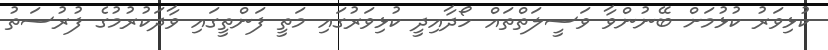
ކުޅިވަރު ކުޅުމަށް ބޭނުންވާ ވަސީލަތްތައް ހޯދާއިދީ ކުޅިވަރުގައި މަތީ ފަންތީގައި ވާދަކުރުމުގެ ފުރުސަތު